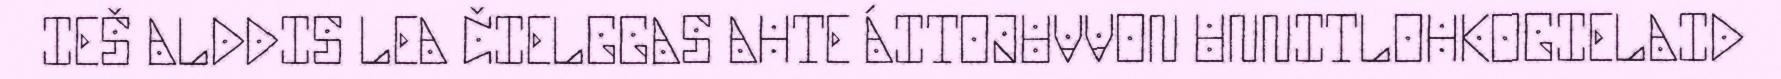
IEŠ ALDDIS LEA ČIELGGAS AHTE ÁITOJUVVON UNNITLOHKOGIELAID